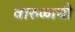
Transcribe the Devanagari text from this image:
वारुळाची